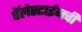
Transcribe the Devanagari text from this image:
पॅलेस्टाईनची